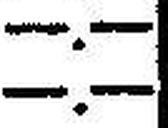
—.—